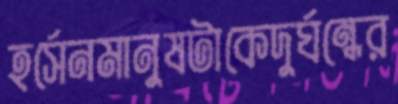
হর্সেনমানুষটাকেদুর্ঘন্ধের